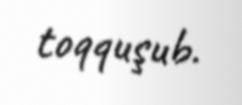
toqquşub.